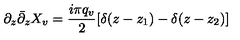
\partial _ { z } { \bar { \partial } } _ { z } X _ { v } = { \frac { i \pi q _ { v } } { 2 } } [ \delta ( z - z _ { 1 } ) - \delta ( z - z _ { 2 } ) ]